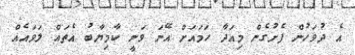
އެ ދުވަހުން ފެށުގެން މިއަދާ ހަމައަށް އޭނަ ވަނީ ކާމިޔާބު އެތައް ލަވައެއް